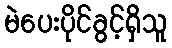
မဲပေးပိုင်ခွင့်ရှိသူ